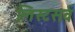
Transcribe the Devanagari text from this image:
लिस्टसर्व